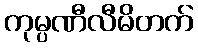
ကုမ္ပဏီလီမိတက်